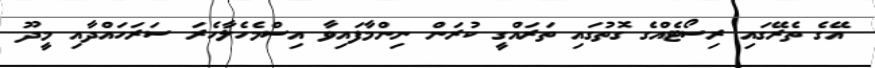
އޭގެ ތެރޭގައި ރިސޯޓެއްގެ ގޮތުގައި ތަރައްގީ ކުރަން ނިންމާފައިވާ އިސްމެހެލާހެރަ ސަރަހައްދާއި މީދޫ